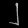
Digit: ၂